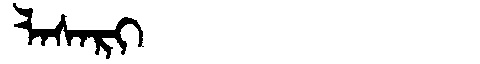
Manchu: ᠯᠠᠰᠠᡵᡳ
Romanization: LASARI